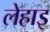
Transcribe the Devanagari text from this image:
लेहाइ